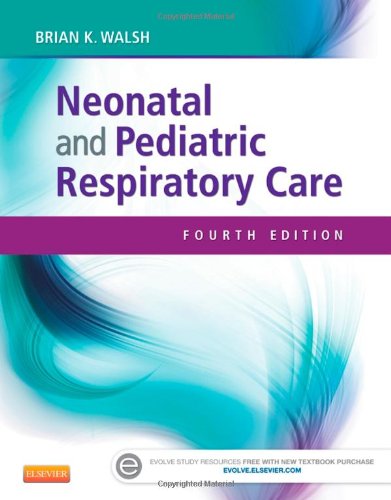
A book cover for Neonatal and Pediatric Respiratory Care, 4e; Brian K. Walsh RRT-NPS  ACCS  FAARC; Medical Books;